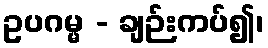
ဥပဂမ္မ - ချဉ်းကပ်၍၊